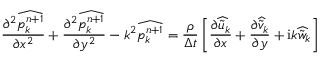
\frac { \partial ^ { 2 } \widehat { p _ { k } ^ { n + 1 } } } { \partial x ^ { 2 } } + \frac { \partial ^ { 2 } \widehat { p _ { k } ^ { n + 1 } } } { \partial y ^ { 2 } } - k ^ { 2 } \widehat { p _ { k } ^ { n + 1 } } = \frac { \rho } { \Delta t } \left[ \frac { \partial \widehat { \tilde { u } _ { k } } } { \partial x } + \frac { \partial \widehat { \tilde { v } _ { k } } } { \partial y } + \mathrm { i } k \widehat { \tilde { w } _ { k } } \right]